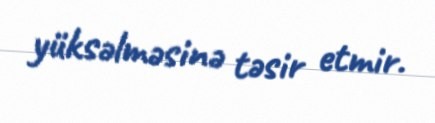
yüksəlməsinə təsir etmir.